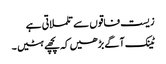
زیست فاقوں سے تلملاتی ہے
ٹینک آگے بڑھیں کہ پچھے ہٹیں ۔